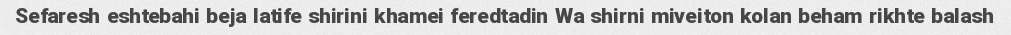
Sefaresh eshtebahi beja latife shirini khamei feredtadin Wa shirni miveiton kolan beham rikhte balash